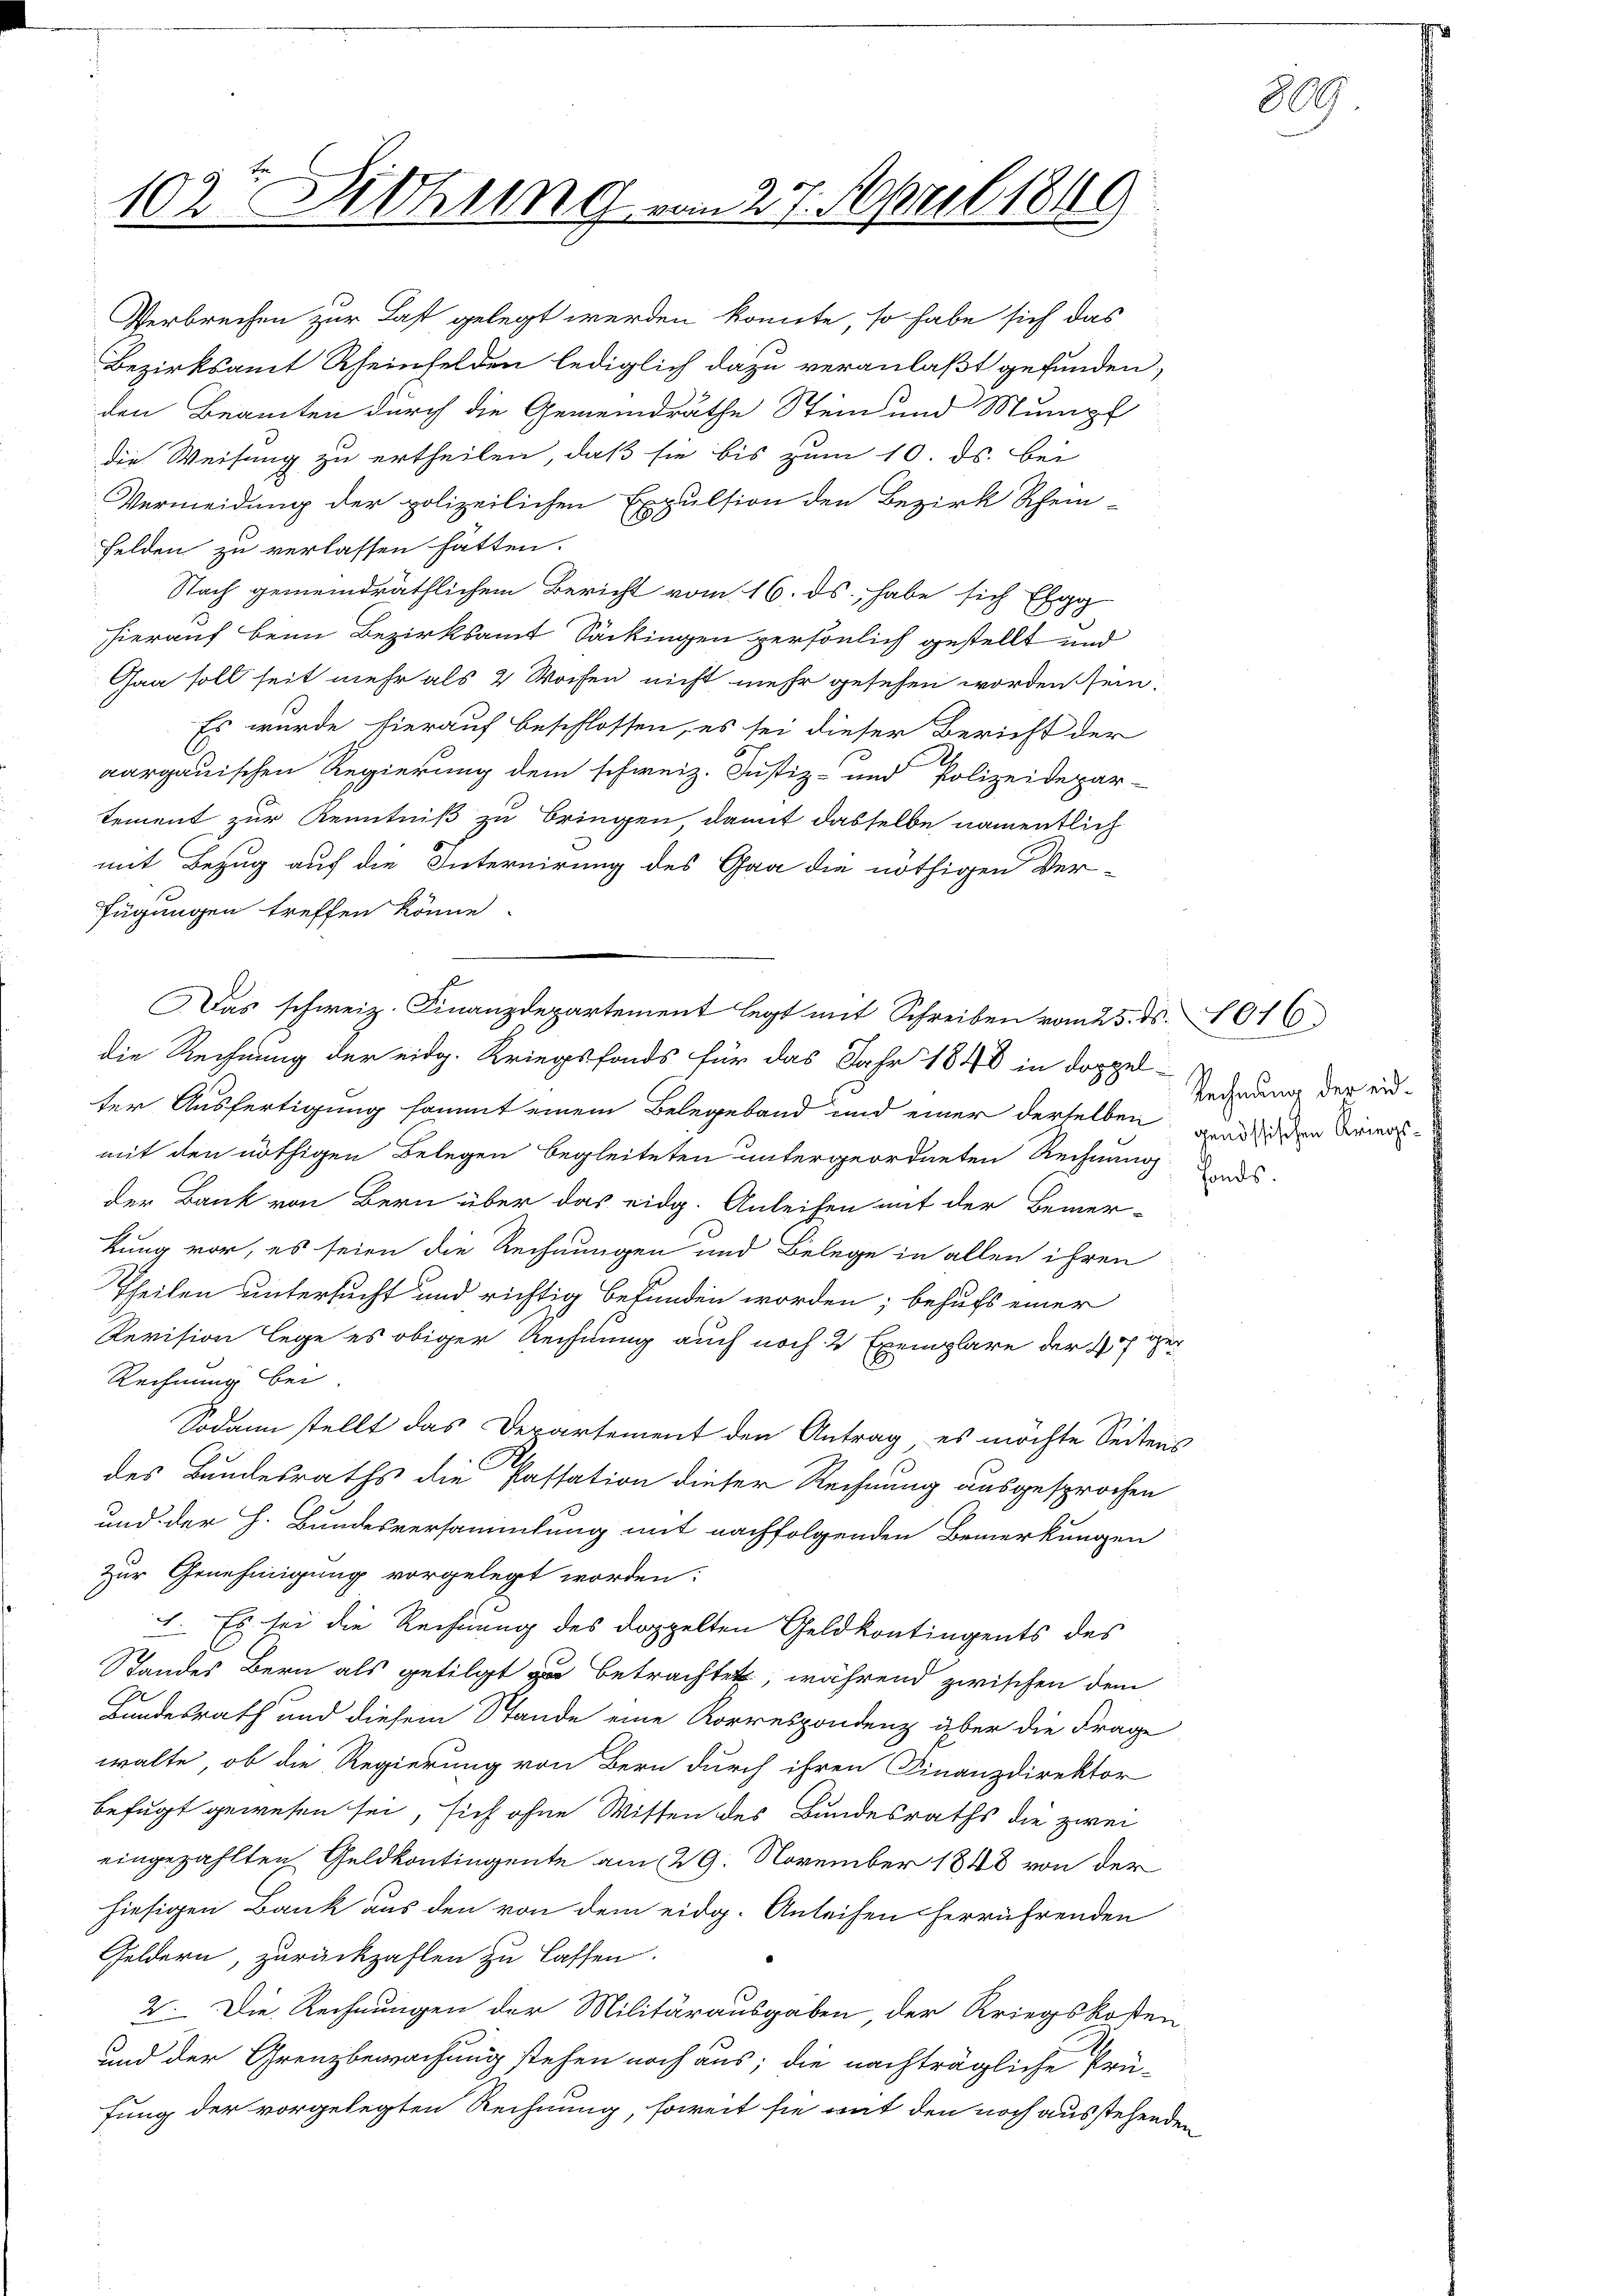
102' Dithung vom 27. April 1849

Verbrechen zur Last gelegt werden könnte, so habe sich das

Bezirksamt Rheinfelden lediglich dazu veranlaßt gefunden,
den Beamten durch die Gemeindräthe Stein und Mumpf
die Weisung zu ertheilen, daß sie bis zum 10. ds. bei
Vermeidung der polizeilichen Expulsion den Bezirk Schein-
Felden zu verlassen hätten.
Nach gemeindräthlichem Bericht vom 16. ds., habe sich E
hierauf beim Bezirksamt Säckingen persönlich gestellt und
Gaa soll seit mehr als 2 Wochen nicht mehr gesehen worden sein.
Es wurde hierauf beschlossen, es sei dieser Bericht der
aargauischen Regierung dem schweiz. Justiz- und Polizeidepar-
tement zur Kenntniß zu bringen damit dasselbe namentlich
mit Bezug auf die Internirung des Gaa die nöthigen Ver-
fügungen treffen könne.
u
Das schweiz. Finanzdepartement legt mit Schreiben vom 25. ds. 1016.
die Rechnung der eidg. Kriegsfonds für das Jahr 1848 in doppel-
ter Ausfertigung sommt einem Belegeband und einer derselben den Aner-
mit den nöthigen Belegen begleiteten untergeordneten Rechnung des
der Bank von Bern über das eidg. Anleihen mit der Bemer-
kung vor, es seien die Rechnungen und Belege in allen ihren
Theilen untersucht und richtig befunden worden; behufs einer
Revision lege es obiger Rechnung auch noch 2 Exemplare der 177 ger
Rechnung bei.
Sodann stellt das Departement den Antrag es möchte Seitens
des Bundesraths die Passation dieser Rechnung ausgesprochen
und der h. Bundesversammlung mit nachfolgenden Bemerkungen
zur Genehmigung vorgelegt worden:
1. Es sei die Rechnung des doppelten Geldkontingents des
Standes Bern als getilgt zu betrachtet, während zwischen dem
Bundesrath und diesem Stande eine Korrespondenz über die Frage
walte, ob die Regierung von Bern durch ihren Finanzdirektor
befugt gewesen sei, sich ohne Witten des Bundesraths die zwei
eingezählten Geldkontingente am 29. November 1848 von der
hiesigen Bank aus den von dem eidg. Anleihen herrührenden
Geldern, zurückzahlen zu lassen.
2. Die Rechnungen der Militärausgaben, der Kriegskosten-
und der Grenzbewachung stehen noch aus; die nachträgliche Prü-
fung der vorgelegten Rechnung, soweit sie mit den noch ausstehenden

Rechnung der eid¬

809